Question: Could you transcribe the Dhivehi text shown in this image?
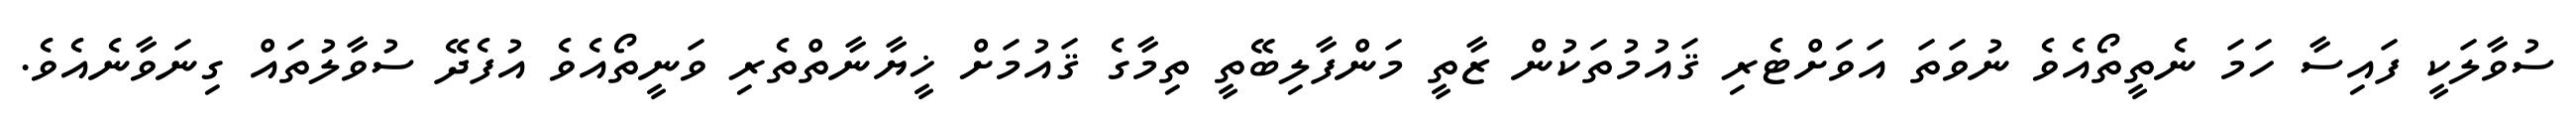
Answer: ސުވާލަކީ ފައިސާ ހަމަ ނެތީތޯއެވެ ނުވަތަ އަވަށްޓެރި ޤައުމުތަކުން ޒާތީ މަންފާލިބޭތީ ތިމާގެ ޤައުމަށް ޚީޔާނާތްތެރި ވަނީތޯއެވެ އުފެދޭ ސުވާލުތައް ގިނަވާނެއެވެ.